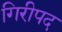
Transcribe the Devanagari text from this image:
गिरीपद